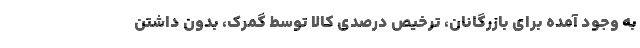
به وجود آمده برای بازرگانان، ترخیص درصدی کالا توسط گمرک، بدون داشتن